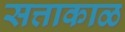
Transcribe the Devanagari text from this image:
सत्ताकाळ